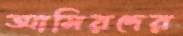
আমিরদের